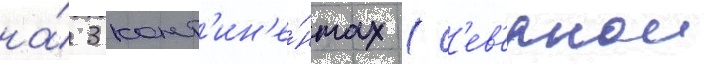
на́ 3 конт'ин'е́нтах (с'ев'ернои